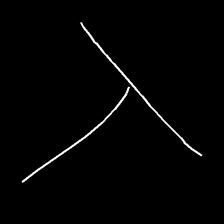
Glyph: column